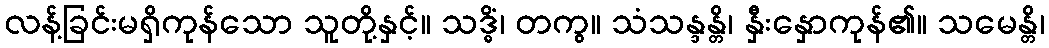
လန့်ခြင်းမရှိကုန်သော သူတို့နှင့်။ သဒ္ဓိံ၊ တကွ။ သံသန္ဒန္တိ၊ နှီးနှောကုန်၏။ သမေန္တိ၊